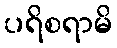
ပရိစရာမိ